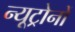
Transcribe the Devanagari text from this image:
न्यूट्रोनों